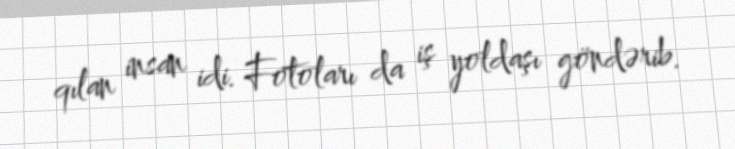
qılan insan idi. Fotoları da iş yoldaşı göndərib.